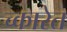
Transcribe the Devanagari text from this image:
च्कारेत